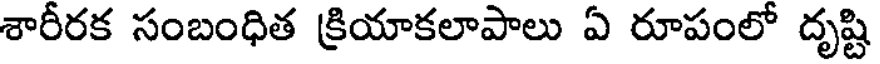
శారీరక సంబంధిత క్రియాకలాపాలు ఏ రూపంలో దృష్టి